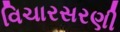
વિચારસરણી